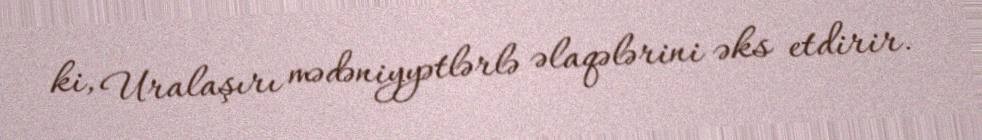
ki, Uralaşırı mədəniyyətlərlə əlaqələrini əks etdirir.